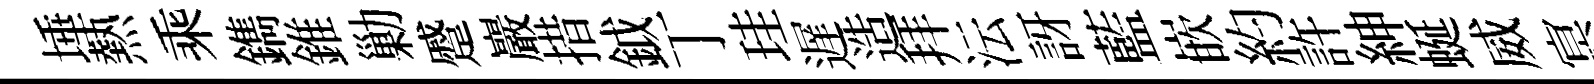
埵熱乘鐫錐勦蹙巖措鉞丁珪遅造拜沄訝藍嵌約許紳蜒威㝠